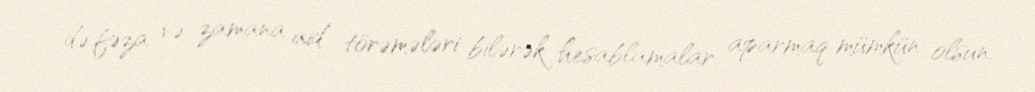
də fəza və zamana aid törəmələri bilərək hesablamalar aparmaq mümkün olsun.